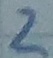
Text: 2